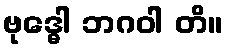
ဗုဒ္ဓေါ ဘဂဝါ တိ။